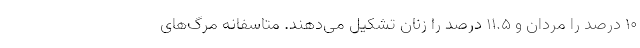
۱۰ درصد را مردان و ۱۱.۵ درصد را زنان تشکیل می‌دهند. متاسفانه مرگ‌های